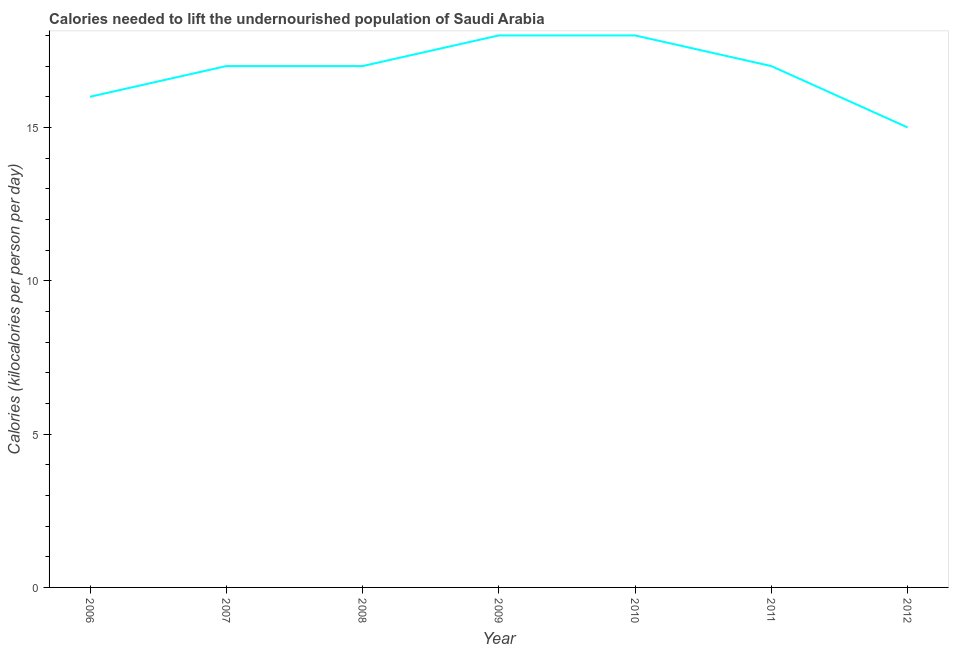
| Year | Depth of the food deficit |
 | --- | --- |
 | 2006 | 16 |
 | 2007 | 17 |
 | 2008 | 17 |
 | 2009 | 18 |
 | 2010 | 18 |
 | 2011 | 17 |
 | 2012 | 15 |